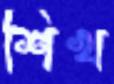
শিখ